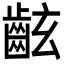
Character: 𪗰